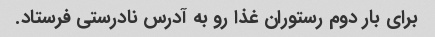
برای بار دوم رستوران غذا رو به آدرس نادرستی فرستاد.